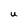
Character: U